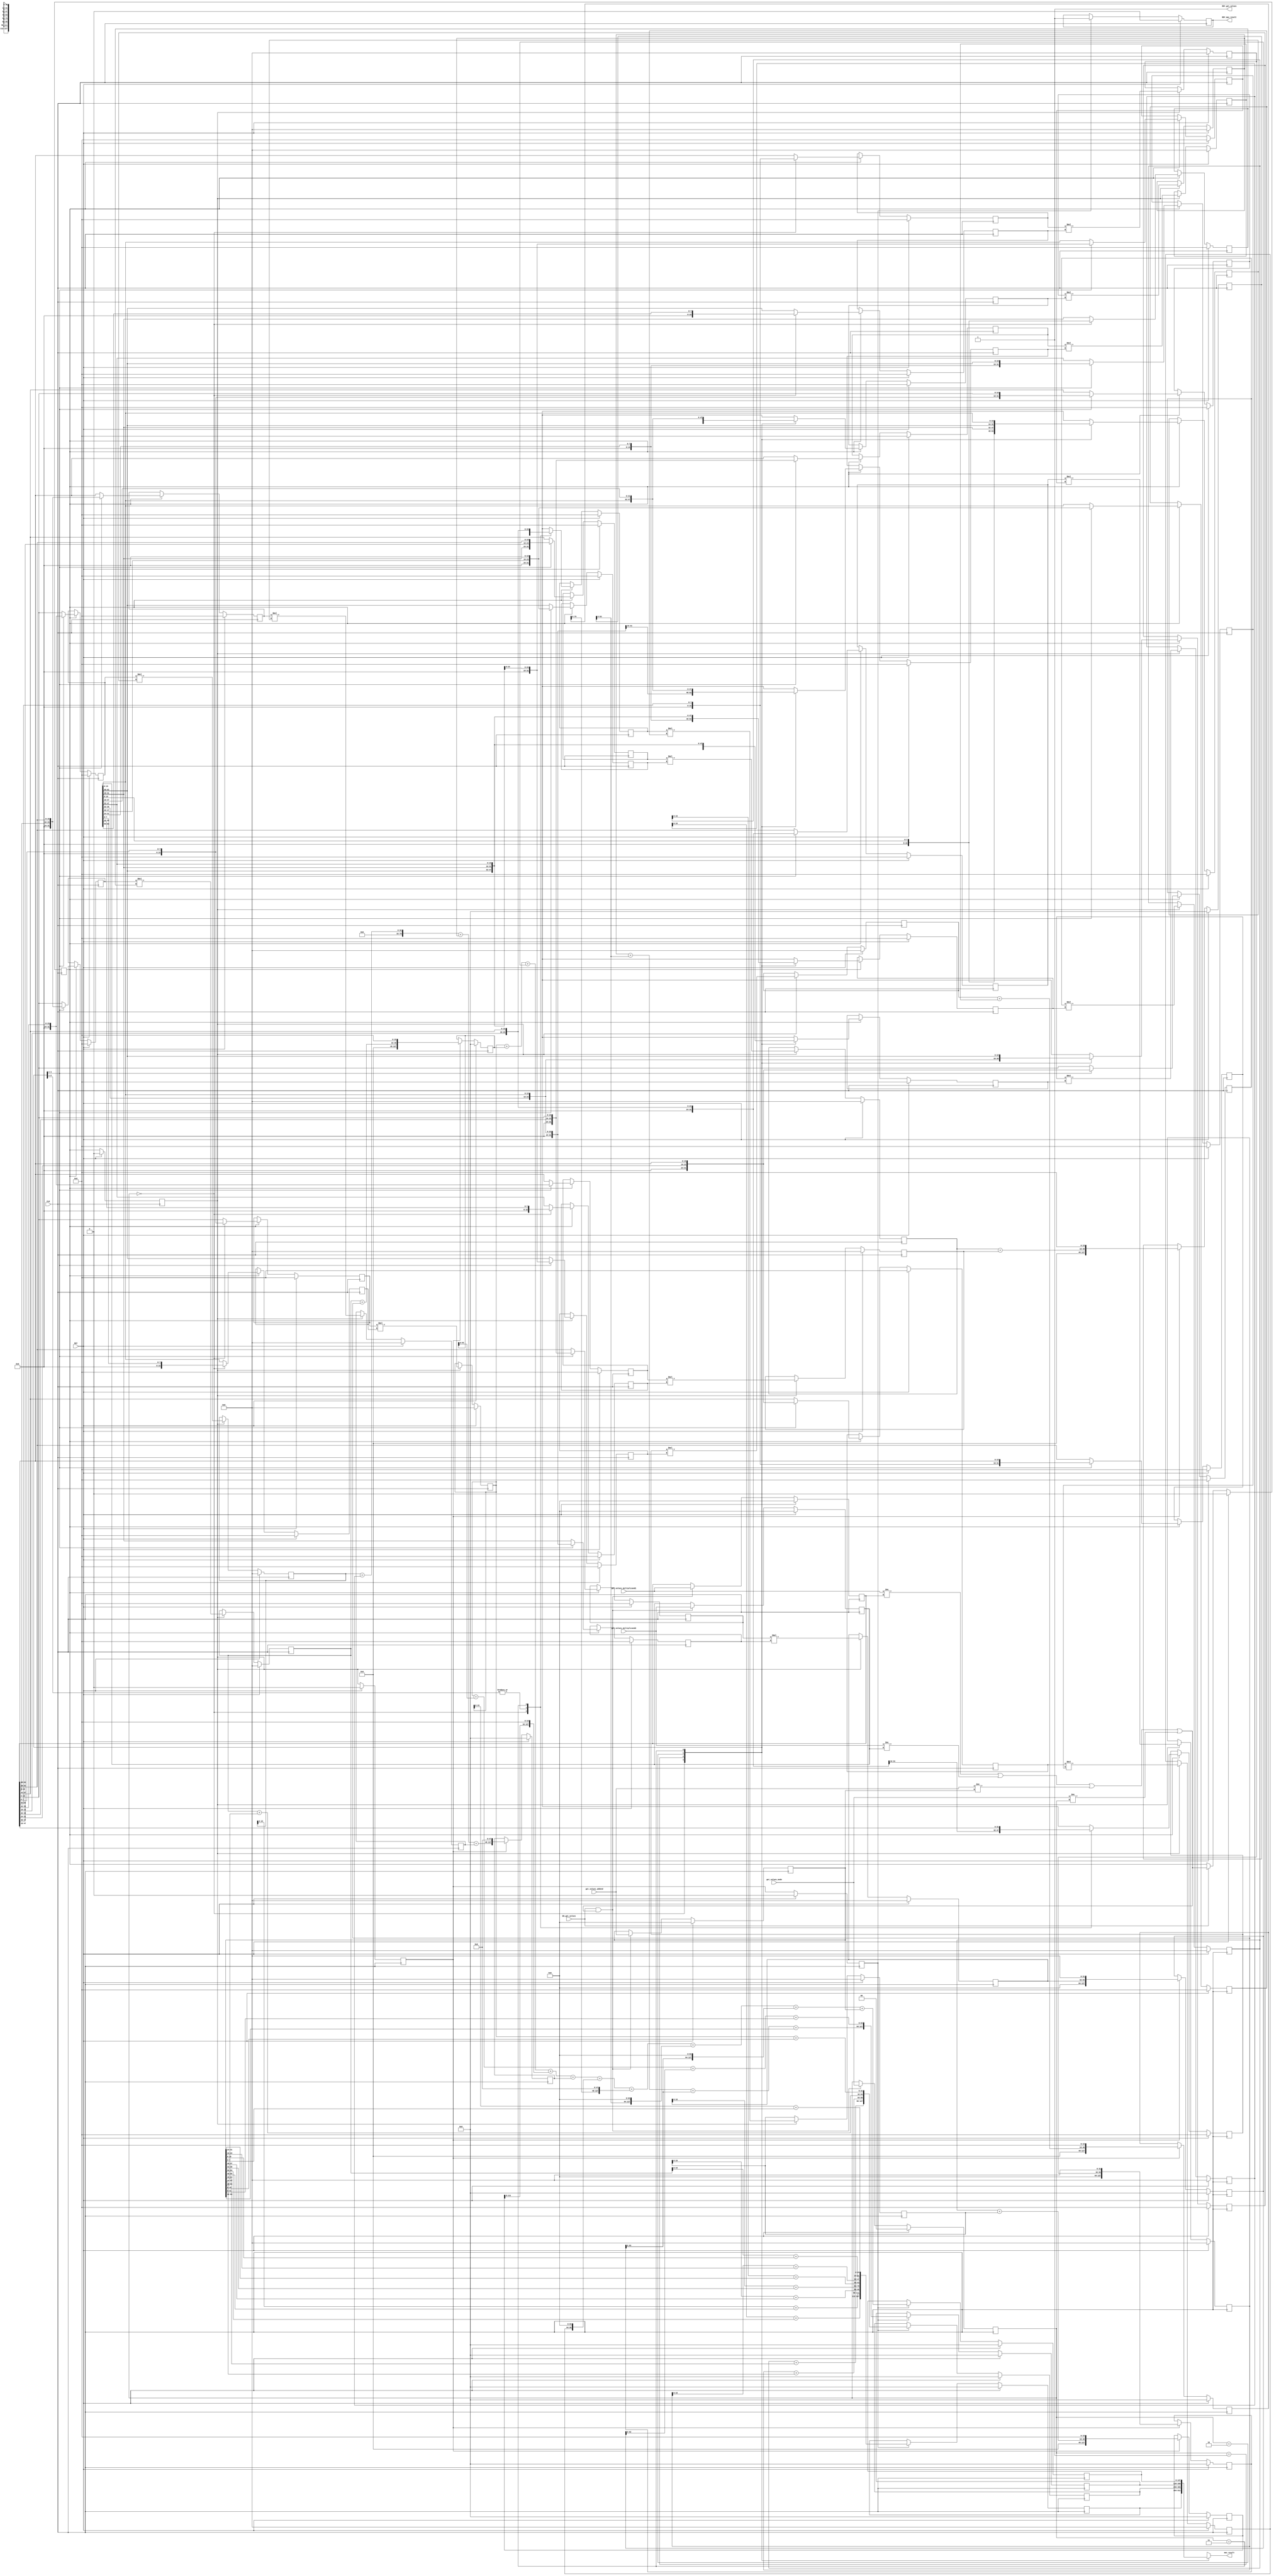
module mkMAC(CLK,
	     RST,

	     get_values_multiplicand1,
	     get_values_multiplicand2,
	     get_values_addend,
	     get_values_mode,
	     EN_get_values,
	     RDY_get_values,

	     mac_result,
	     RDY_mac_result);
  input  CLK;
  input  RST;

  // action method get_values
  input  [63 : 0] get_values_multiplicand1;
  input  [63 : 0] get_values_multiplicand2;
  input  [63 : 0] get_values_addend;
  input  [1 : 0] get_values_mode;
  input  EN_get_values;
  output RDY_get_values;

  // value method mac_result
  output [127 : 0] mac_result;
  output RDY_mac_result;

  // signals for module outputs
  reg [127 : 0] mac_result;
  wire RDY_get_values, RDY_mac_result;

  // register a
  reg [63 : 0] a;
  wire [63 : 0] a$D_IN;
  wire a$EN;

  // register flag_0
  reg flag_0;
  wire flag_0$D_IN, flag_0$EN;

  // register flag_1
  reg flag_1;
  wire flag_1$D_IN, flag_1$EN;

  // register flag_2
  reg flag_2;
  wire flag_2$D_IN, flag_2$EN;

  // register flag_3
  reg flag_3;
  wire flag_3$D_IN, flag_3$EN;

  // register inp_ready
  reg inp_ready;
  wire inp_ready$D_IN, inp_ready$EN;

  // register m1
  reg [63 : 0] m1;
  wire [63 : 0] m1$D_IN;
  wire m1$EN;

  // register m2
  reg [63 : 0] m2;
  wire [63 : 0] m2$D_IN;
  wire m2$EN;

  // register mac_output_0
  reg [127 : 0] mac_output_0;
  wire [127 : 0] mac_output_0$D_IN;
  wire mac_output_0$EN;

  // register mac_output_1
  reg [127 : 0] mac_output_1;
  wire [127 : 0] mac_output_1$D_IN;
  wire mac_output_1$EN;

  // register mac_output_2
  reg [127 : 0] mac_output_2;
  wire [127 : 0] mac_output_2$D_IN;
  wire mac_output_2$EN;

  // register mac_output_3
  reg [127 : 0] mac_output_3;
  wire [127 : 0] mac_output_3$D_IN;
  wire mac_output_3$EN;

  // register mac_ready
  reg mac_ready;
  wire mac_ready$D_IN, mac_ready$EN;

  // register partial_product_0
  reg [31 : 0] partial_product_0;
  wire [31 : 0] partial_product_0$D_IN;
  wire partial_product_0$EN;

  // register partial_product_1
  reg [31 : 0] partial_product_1;
  wire [31 : 0] partial_product_1$D_IN;
  wire partial_product_1$EN;

  // register partial_product_10
  reg [31 : 0] partial_product_10;
  wire [31 : 0] partial_product_10$D_IN;
  wire partial_product_10$EN;

  // register partial_product_11
  reg [31 : 0] partial_product_11;
  wire [31 : 0] partial_product_11$D_IN;
  wire partial_product_11$EN;

  // register partial_product_12
  reg [31 : 0] partial_product_12;
  wire [31 : 0] partial_product_12$D_IN;
  wire partial_product_12$EN;

  // register partial_product_13
  reg [31 : 0] partial_product_13;
  wire [31 : 0] partial_product_13$D_IN;
  wire partial_product_13$EN;

  // register partial_product_14
  reg [31 : 0] partial_product_14;
  wire [31 : 0] partial_product_14$D_IN;
  wire partial_product_14$EN;

  // register partial_product_15
  reg [31 : 0] partial_product_15;
  wire [31 : 0] partial_product_15$D_IN;
  wire partial_product_15$EN;

  // register partial_product_2
  reg [31 : 0] partial_product_2;
  wire [31 : 0] partial_product_2$D_IN;
  wire partial_product_2$EN;

  // register partial_product_3
  reg [31 : 0] partial_product_3;
  wire [31 : 0] partial_product_3$D_IN;
  wire partial_product_3$EN;

  // register partial_product_4
  reg [31 : 0] partial_product_4;
  wire [31 : 0] partial_product_4$D_IN;
  wire partial_product_4$EN;

  // register partial_product_5
  reg [31 : 0] partial_product_5;
  wire [31 : 0] partial_product_5$D_IN;
  wire partial_product_5$EN;

  // register partial_product_6
  reg [31 : 0] partial_product_6;
  wire [31 : 0] partial_product_6$D_IN;
  wire partial_product_6$EN;

  // register partial_product_7
  reg [31 : 0] partial_product_7;
  wire [31 : 0] partial_product_7$D_IN;
  wire partial_product_7$EN;

  // register partial_product_8
  reg [31 : 0] partial_product_8;
  wire [31 : 0] partial_product_8$D_IN;
  wire partial_product_8$EN;

  // register partial_product_9
  reg [31 : 0] partial_product_9;
  wire [31 : 0] partial_product_9$D_IN;
  wire partial_product_9$EN;

  // register partial_sum_0
  reg [127 : 0] partial_sum_0;
  wire [127 : 0] partial_sum_0$D_IN;
  wire partial_sum_0$EN;

  // register partial_sum_1
  reg [127 : 0] partial_sum_1;
  wire [127 : 0] partial_sum_1$D_IN;
  wire partial_sum_1$EN;

  // register partial_sum_2
  reg [127 : 0] partial_sum_2;
  wire [127 : 0] partial_sum_2$D_IN;
  wire partial_sum_2$EN;

  // register partial_sum_3
  reg [127 : 0] partial_sum_3;
  wire [127 : 0] partial_sum_3$D_IN;
  wire partial_sum_3$EN;

  // register partial_sum_4
  reg [127 : 0] partial_sum_4;
  wire [127 : 0] partial_sum_4$D_IN;
  wire partial_sum_4$EN;

  // register partial_sum_5
  reg [127 : 0] partial_sum_5;
  wire [127 : 0] partial_sum_5$D_IN;
  wire partial_sum_5$EN;

  // register partial_sum_6
  reg [127 : 0] partial_sum_6;
  wire [127 : 0] partial_sum_6$D_IN;
  wire partial_sum_6$EN;

  // register reg_mode
  reg [1 : 0] reg_mode;
  wire [1 : 0] reg_mode$D_IN;
  wire reg_mode$EN;

  // register x_0
  reg [15 : 0] x_0;
  wire [15 : 0] x_0$D_IN;
  wire x_0$EN;

  // register x_1
  reg [15 : 0] x_1;
  reg [15 : 0] x_1$D_IN;
  wire x_1$EN;

  // register x_10
  reg [15 : 0] x_10;
  reg [15 : 0] x_10$D_IN;
  wire x_10$EN;

  // register x_11
  reg [15 : 0] x_11;
  reg [15 : 0] x_11$D_IN;
  wire x_11$EN;

  // register x_12
  reg [15 : 0] x_12;
  reg [15 : 0] x_12$D_IN;
  wire x_12$EN;

  // register x_13
  reg [15 : 0] x_13;
  reg [15 : 0] x_13$D_IN;
  wire x_13$EN;

  // register x_14
  reg [15 : 0] x_14;
  reg [15 : 0] x_14$D_IN;
  wire x_14$EN;

  // register x_15
  reg [15 : 0] x_15;
  wire [15 : 0] x_15$D_IN;
  wire x_15$EN;

  // register x_2
  reg [15 : 0] x_2;
  reg [15 : 0] x_2$D_IN;
  wire x_2$EN;

  // register x_3
  reg [15 : 0] x_3;
  reg [15 : 0] x_3$D_IN;
  wire x_3$EN;

  // register x_4
  reg [15 : 0] x_4;
  reg [15 : 0] x_4$D_IN;
  wire x_4$EN;

  // register x_5
  reg [15 : 0] x_5;
  reg [15 : 0] x_5$D_IN;
  wire x_5$EN;

  // register x_6
  reg [15 : 0] x_6;
  reg [15 : 0] x_6$D_IN;
  wire x_6$EN;

  // register x_7
  reg [15 : 0] x_7;
  reg [15 : 0] x_7$D_IN;
  wire x_7$EN;

  // register x_8
  reg [15 : 0] x_8;
  reg [15 : 0] x_8$D_IN;
  wire x_8$EN;

  // register x_9
  reg [15 : 0] x_9;
  reg [15 : 0] x_9$D_IN;
  wire x_9$EN;

  // register y_0
  reg [15 : 0] y_0;
  wire [15 : 0] y_0$D_IN;
  wire y_0$EN;

  // register y_1
  reg [15 : 0] y_1;
  wire [15 : 0] y_1$D_IN;
  wire y_1$EN;

  // register y_10
  reg [15 : 0] y_10;
  reg [15 : 0] y_10$D_IN;
  wire y_10$EN;

  // register y_11
  reg [15 : 0] y_11;
  reg [15 : 0] y_11$D_IN;
  wire y_11$EN;

  // register y_12
  reg [15 : 0] y_12;
  reg [15 : 0] y_12$D_IN;
  wire y_12$EN;

  // register y_13
  reg [15 : 0] y_13;
  reg [15 : 0] y_13$D_IN;
  wire y_13$EN;

  // register y_14
  reg [15 : 0] y_14;
  wire [15 : 0] y_14$D_IN;
  wire y_14$EN;

  // register y_15
  reg [15 : 0] y_15;
  wire [15 : 0] y_15$D_IN;
  wire y_15$EN;

  // register y_2
  reg [15 : 0] y_2;
  reg [15 : 0] y_2$D_IN;
  wire y_2$EN;

  // register y_3
  reg [15 : 0] y_3;
  reg [15 : 0] y_3$D_IN;
  wire y_3$EN;

  // register y_4
  reg [15 : 0] y_4;
  reg [15 : 0] y_4$D_IN;
  wire y_4$EN;

  // register y_5
  reg [15 : 0] y_5;
  reg [15 : 0] y_5$D_IN;
  wire y_5$EN;

  // register y_6
  reg [15 : 0] y_6;
  reg [15 : 0] y_6$D_IN;
  wire y_6$EN;

  // register y_7
  reg [15 : 0] y_7;
  reg [15 : 0] y_7$D_IN;
  wire y_7$EN;

  // register y_8
  reg [15 : 0] y_8;
  reg [15 : 0] y_8$D_IN;
  wire y_8$EN;

  // register y_9
  reg [15 : 0] y_9;
  reg [15 : 0] y_9$D_IN;
  wire y_9$EN;

  // rule scheduling signals
  wire CAN_FIRE_RL_compute_MAC,
       CAN_FIRE_get_values,
       WILL_FIRE_RL_compute_MAC,
       WILL_FIRE_get_values;

  // remaining internal signals
  wire [127 : 0] x7334_PLUS_y7335__q1,
		 x7424_PLUS_y7425__q2,
		 x7604_PLUS_y7605__q3,
		 x7673_PLUS_y7674__q5,
		 x7740_PLUS_y7741__q4,
		 x__h17334,
		 x__h17424,
		 x__h17604,
		 x__h17673,
		 x__h17740,
		 x__h17742,
		 x__h17744,
		 x__h18994,
		 x__h18996,
		 x__h18998,
		 x__h19000,
		 x__h19002,
		 x__h19004,
		 x__h19006,
		 x__h19008,
		 x__h19010,
		 y__h17335,
		 y__h17425,
		 y__h17605,
		 y__h17674,
		 y__h17741,
		 y__h17743,
		 y__h17745,
		 y__h18995,
		 y__h18997,
		 y__h18999,
		 y__h19001,
		 y__h19003,
		 y__h19007;
  wire [95 : 0] partial_product_5_27_BITS_15_TO_0_62_PLUS_0_CO_ETC___d289;
  wire [63 : 0] _0_CONCAT_x_0_10_11_MUL_0_CONCAT_y_0_12_13___d114,
		_0_CONCAT_x_10_70_71_MUL_0_CONCAT_y_10_72_73___d174,
		_0_CONCAT_x_11_76_77_MUL_0_CONCAT_y_11_78_79___d180,
		_0_CONCAT_x_12_82_83_MUL_0_CONCAT_y_12_84_85___d186,
		_0_CONCAT_x_13_88_89_MUL_0_CONCAT_y_13_90_91___d192,
		_0_CONCAT_x_14_94_95_MUL_0_CONCAT_y_14_96_97___d198,
		_0_CONCAT_x_15_00_01_MUL_0_CONCAT_y_15_02_03___d204,
		_0_CONCAT_x_1_16_17_MUL_0_CONCAT_y_1_18_19___d120,
		_0_CONCAT_x_2_22_23_MUL_0_CONCAT_y_2_24_25___d126,
		_0_CONCAT_x_3_28_29_MUL_0_CONCAT_y_3_30_31___d132,
		_0_CONCAT_x_4_34_35_MUL_0_CONCAT_y_4_36_37___d138,
		_0_CONCAT_x_5_40_41_MUL_0_CONCAT_y_5_42_43___d144,
		_0_CONCAT_x_6_46_47_MUL_0_CONCAT_y_6_48_49___d150,
		_0_CONCAT_x_7_52_53_MUL_0_CONCAT_y_7_54_55___d156,
		_0_CONCAT_x_8_58_59_MUL_0_CONCAT_y_8_60_61___d162,
		_0_CONCAT_x_9_64_65_MUL_0_CONCAT_y_9_66_67___d168,
		partial_product_3_25_BITS_15_TO_0_70_PLUS_0_CO_ETC___d288,
		x__h18737,
		x__h18739,
		x__h18741,
		x__h18840,
		x__h18842,
		x__h18844,
		y__h18738,
		y__h18841;
  wire [31 : 0] x__h15960,
		x__h16047,
		x__h16112,
		x__h16177,
		x__h16242,
		x__h16307,
		x__h16372,
		x__h16437,
		x__h16502,
		x__h16567,
		x__h16632,
		x__h16697,
		x__h16762,
		x__h16827,
		x__h16892,
		x__h16957,
		y__h15961,
		y__h16048,
		y__h16113,
		y__h16178,
		y__h16243,
		y__h16308,
		y__h16373,
		y__h16438,
		y__h16503,
		y__h16568,
		y__h16633,
		y__h16698,
		y__h16763,
		y__h16828,
		y__h16893,
		y__h16958,
		y__h18546,
		y__h18583,
		y__h18615,
		y__h18647;
  wire [15 : 0] x__h5533,
		x__h5597,
		x__h5661,
		x__h5725,
		x__h5789,
		x__h5853,
		x__h5917,
		x__h5981,
		x__h7006,
		x__h7070,
		x__h7134,
		x__h7198,
		x__h7262,
		x__h7326,
		x__h7390,
		x__h7454,
		y__h18050,
		y__h18110,
		y__h18163,
		y__h18216,
		y__h18269,
		y__h18322,
		y__h18375,
		y__h18428;
  wire NOT_get_values_multiplicand1_EQ_m1_48_49_OR_NO_ETC___d355;

  // action method get_values
  assign RDY_get_values = 1'd1 ;
  assign CAN_FIRE_get_values = 1'd1 ;
  assign WILL_FIRE_get_values = EN_get_values ;

  // value method mac_result
  always@(reg_mode or
	  mac_output_0 or mac_output_1 or mac_output_2 or mac_output_3)
  begin
    case (reg_mode)
      2'd0: mac_result = mac_output_0;
      2'd1: mac_result = mac_output_1;
      2'd2: mac_result = mac_output_2;
      2'd3: mac_result = mac_output_3;
    endcase
  end
  assign RDY_mac_result = mac_ready ;

  // rule RL_compute_MAC
  assign CAN_FIRE_RL_compute_MAC = 1'd1 ;
  assign WILL_FIRE_RL_compute_MAC = 1'd1 ;

  // register a
  assign a$D_IN = get_values_addend ;
  assign a$EN =
	     EN_get_values &&
	     (NOT_get_values_multiplicand1_EQ_m1_48_49_OR_NO_ETC___d355 ||
	      get_values_mode != reg_mode) ;

  // register flag_0
  assign flag_0$D_IN = inp_ready ;
  assign flag_0$EN = 1'd1 ;

  // register flag_1
  assign flag_1$D_IN = flag_0 ;
  assign flag_1$EN = 1'd1 ;

  // register flag_2
  assign flag_2$D_IN = flag_1 ;
  assign flag_2$EN = 1'd1 ;

  // register flag_3
  assign flag_3$D_IN = flag_2 ;
  assign flag_3$EN = 1'd1 ;

  // register inp_ready
  assign inp_ready$D_IN =
	     NOT_get_values_multiplicand1_EQ_m1_48_49_OR_NO_ETC___d355 ||
	     get_values_mode != reg_mode ;
  assign inp_ready$EN = EN_get_values ;

  // register m1
  assign m1$D_IN = get_values_multiplicand1 ;
  assign m1$EN =
	     EN_get_values &&
	     (NOT_get_values_multiplicand1_EQ_m1_48_49_OR_NO_ETC___d355 ||
	      get_values_mode != reg_mode) ;

  // register m2
  assign m2$D_IN = get_values_multiplicand2 ;
  assign m2$EN =
	     EN_get_values &&
	     (NOT_get_values_multiplicand1_EQ_m1_48_49_OR_NO_ETC___d355 ||
	      get_values_mode != reg_mode) ;

  // register mac_output_0
  assign mac_output_0$D_IN =
	     { partial_product_7[15:0] + y__h18050,
	       partial_product_6[15:0] + y__h18110,
	       partial_product_5_27_BITS_15_TO_0_62_PLUS_0_CO_ETC___d289 } ;
  assign mac_output_0$EN = flag_2 ;

  // register mac_output_1
  assign mac_output_1$D_IN =
	     { partial_product_3 + y__h18546,
	       partial_product_2 + y__h18583,
	       partial_product_1 + y__h18615,
	       partial_product_0 + y__h18647 } ;
  assign mac_output_1$EN = flag_2 ;

  // register mac_output_2
  assign mac_output_2$D_IN =
	     { x__h18737 + y__h18738, x__h18840 + y__h18841 } ;
  assign mac_output_2$EN = flag_2 ;

  // register mac_output_3
  assign mac_output_3$D_IN = x__h18994 + y__h18995 ;
  assign mac_output_3$EN = flag_2 ;

  // register mac_ready
  assign mac_ready$D_IN = 1'd1 ;
  assign mac_ready$EN = flag_2 ;

  // register partial_product_0
  assign partial_product_0$D_IN =
	     _0_CONCAT_x_0_10_11_MUL_0_CONCAT_y_0_12_13___d114[31:0] ;
  assign partial_product_0$EN = flag_0 ;

  // register partial_product_1
  assign partial_product_1$D_IN =
	     _0_CONCAT_x_1_16_17_MUL_0_CONCAT_y_1_18_19___d120[31:0] ;
  assign partial_product_1$EN = flag_0 ;

  // register partial_product_10
  assign partial_product_10$D_IN =
	     _0_CONCAT_x_10_70_71_MUL_0_CONCAT_y_10_72_73___d174[31:0] ;
  assign partial_product_10$EN = flag_0 ;

  // register partial_product_11
  assign partial_product_11$D_IN =
	     _0_CONCAT_x_11_76_77_MUL_0_CONCAT_y_11_78_79___d180[31:0] ;
  assign partial_product_11$EN = flag_0 ;

  // register partial_product_12
  assign partial_product_12$D_IN =
	     _0_CONCAT_x_12_82_83_MUL_0_CONCAT_y_12_84_85___d186[31:0] ;
  assign partial_product_12$EN = flag_0 ;

  // register partial_product_13
  assign partial_product_13$D_IN =
	     _0_CONCAT_x_13_88_89_MUL_0_CONCAT_y_13_90_91___d192[31:0] ;
  assign partial_product_13$EN = flag_0 ;

  // register partial_product_14
  assign partial_product_14$D_IN =
	     _0_CONCAT_x_14_94_95_MUL_0_CONCAT_y_14_96_97___d198[31:0] ;
  assign partial_product_14$EN = flag_0 ;

  // register partial_product_15
  assign partial_product_15$D_IN =
	     _0_CONCAT_x_15_00_01_MUL_0_CONCAT_y_15_02_03___d204[31:0] ;
  assign partial_product_15$EN = flag_0 ;

  // register partial_product_2
  assign partial_product_2$D_IN =
	     _0_CONCAT_x_2_22_23_MUL_0_CONCAT_y_2_24_25___d126[31:0] ;
  assign partial_product_2$EN = flag_0 ;

  // register partial_product_3
  assign partial_product_3$D_IN =
	     _0_CONCAT_x_3_28_29_MUL_0_CONCAT_y_3_30_31___d132[31:0] ;
  assign partial_product_3$EN = flag_0 ;

  // register partial_product_4
  assign partial_product_4$D_IN =
	     _0_CONCAT_x_4_34_35_MUL_0_CONCAT_y_4_36_37___d138[31:0] ;
  assign partial_product_4$EN = flag_0 ;

  // register partial_product_5
  assign partial_product_5$D_IN =
	     _0_CONCAT_x_5_40_41_MUL_0_CONCAT_y_5_42_43___d144[31:0] ;
  assign partial_product_5$EN = flag_0 ;

  // register partial_product_6
  assign partial_product_6$D_IN =
	     _0_CONCAT_x_6_46_47_MUL_0_CONCAT_y_6_48_49___d150[31:0] ;
  assign partial_product_6$EN = flag_0 ;

  // register partial_product_7
  assign partial_product_7$D_IN =
	     _0_CONCAT_x_7_52_53_MUL_0_CONCAT_y_7_54_55___d156[31:0] ;
  assign partial_product_7$EN = flag_0 ;

  // register partial_product_8
  assign partial_product_8$D_IN =
	     _0_CONCAT_x_8_58_59_MUL_0_CONCAT_y_8_60_61___d162[31:0] ;
  assign partial_product_8$EN = flag_0 ;

  // register partial_product_9
  assign partial_product_9$D_IN =
	     _0_CONCAT_x_9_64_65_MUL_0_CONCAT_y_9_66_67___d168[31:0] ;
  assign partial_product_9$EN = flag_0 ;

  // register partial_sum_0
  assign partial_sum_0$D_IN = { x7334_PLUS_y7335__q1[111:0], 16'd0 } ;
  assign partial_sum_0$EN = flag_1 ;

  // register partial_sum_1
  assign partial_sum_1$D_IN = { x7424_PLUS_y7425__q2[111:0], 16'd0 } ;
  assign partial_sum_1$EN = flag_1 ;

  // register partial_sum_2
  assign partial_sum_2$D_IN = { 64'd0, partial_product_4, 32'd0 } ;
  assign partial_sum_2$EN = flag_1 ;

  // register partial_sum_3
  assign partial_sum_3$D_IN = { 64'd0, partial_product_15, 32'd0 } ;
  assign partial_sum_3$EN = flag_1 ;

  // register partial_sum_4
  assign partial_sum_4$D_IN = { x7604_PLUS_y7605__q3[111:0], 16'd0 } ;
  assign partial_sum_4$EN = flag_1 ;

  // register partial_sum_5
  assign partial_sum_5$D_IN = { x7740_PLUS_y7741__q4[79:0], 48'd0 } ;
  assign partial_sum_5$EN = flag_1 ;

  // register partial_sum_6
  assign partial_sum_6$D_IN = { x7673_PLUS_y7674__q5[111:0], 16'd0 } ;
  assign partial_sum_6$EN = flag_1 ;

  // register reg_mode
  assign reg_mode$D_IN = get_values_mode ;
  assign reg_mode$EN =
	     EN_get_values &&
	     (NOT_get_values_multiplicand1_EQ_m1_48_49_OR_NO_ETC___d355 ||
	      get_values_mode != reg_mode) ;

  // register x_0
  assign x_0$D_IN = (reg_mode == 2'd0) ? x__h5533 : m1[15:0] ;
  assign x_0$EN = inp_ready ;

  // register x_1
  always@(reg_mode or m1 or x__h5597)
  begin
    case (reg_mode)
      2'd0: x_1$D_IN = x__h5597;
      2'd1: x_1$D_IN = m1[31:16];
      default: x_1$D_IN = m1[15:0];
    endcase
  end
  assign x_1$EN = inp_ready ;

  // register x_10
  always@(reg_mode or m1 or x__h5661)
  begin
    case (reg_mode)
      2'd0: x_10$D_IN = x__h5661;
      2'd1, 2'd2: x_10$D_IN = m1[47:32];
      2'd3: x_10$D_IN = m1[31:16];
    endcase
  end
  assign x_10$EN = inp_ready ;

  // register x_11
  always@(reg_mode or m1 or x__h5725)
  begin
    case (reg_mode)
      2'd0: x_11$D_IN = x__h5725;
      2'd1: x_11$D_IN = m1[63:48];
      default: x_11$D_IN = m1[47:32];
    endcase
  end
  assign x_11$EN = inp_ready ;

  // register x_12
  always@(reg_mode or m1 or x__h5789)
  begin
    case (reg_mode)
      2'd0: x_12$D_IN = x__h5789;
      2'd1: x_12$D_IN = m1[15:0];
      default: x_12$D_IN = m1[63:48];
    endcase
  end
  assign x_12$EN = inp_ready ;

  // register x_13
  always@(reg_mode or m1 or x__h5853)
  begin
    case (reg_mode)
      2'd0: x_13$D_IN = x__h5853;
      2'd1: x_13$D_IN = m1[31:16];
      default: x_13$D_IN = m1[47:32];
    endcase
  end
  assign x_13$EN = inp_ready ;

  // register x_14
  always@(reg_mode or m1 or x__h5917)
  begin
    case (reg_mode)
      2'd0: x_14$D_IN = x__h5917;
      2'd1: x_14$D_IN = m1[47:32];
      default: x_14$D_IN = m1[63:48];
    endcase
  end
  assign x_14$EN = inp_ready ;

  // register x_15
  assign x_15$D_IN = (reg_mode == 2'd0) ? x__h5981 : m1[63:48] ;
  assign x_15$EN = inp_ready ;

  // register x_2
  always@(reg_mode or m1 or x__h5661)
  begin
    case (reg_mode)
      2'd0: x_2$D_IN = x__h5661;
      2'd1: x_2$D_IN = m1[47:32];
      default: x_2$D_IN = m1[31:16];
    endcase
  end
  assign x_2$EN = inp_ready ;

  // register x_3
  always@(reg_mode or m1 or x__h5725)
  begin
    case (reg_mode)
      2'd0: x_3$D_IN = x__h5725;
      2'd1: x_3$D_IN = m1[63:48];
      default: x_3$D_IN = m1[15:0];
    endcase
  end
  assign x_3$EN = inp_ready ;

  // register x_4
  always@(reg_mode or m1 or x__h5789)
  begin
    case (reg_mode)
      2'd0: x_4$D_IN = x__h5789;
      2'd1: x_4$D_IN = m1[15:0];
      default: x_4$D_IN = m1[31:16];
    endcase
  end
  assign x_4$EN = inp_ready ;

  // register x_5
  always@(reg_mode or m1 or x__h5853)
  begin
    case (reg_mode)
      2'd0: x_5$D_IN = x__h5853;
      2'd1, 2'd2: x_5$D_IN = m1[31:16];
      2'd3: x_5$D_IN = m1[47:32];
    endcase
  end
  assign x_5$EN = inp_ready ;

  // register x_6
  always@(reg_mode or m1 or x__h5917)
  begin
    case (reg_mode)
      2'd0: x_6$D_IN = x__h5917;
      2'd1: x_6$D_IN = m1[47:32];
      default: x_6$D_IN = m1[15:0];
    endcase
  end
  assign x_6$EN = inp_ready ;

  // register x_7
  always@(reg_mode or m1 or x__h5981)
  begin
    case (reg_mode)
      2'd0: x_7$D_IN = x__h5981;
      2'd1: x_7$D_IN = m1[63:48];
      default: x_7$D_IN = m1[31:16];
    endcase
  end
  assign x_7$EN = inp_ready ;

  // register x_8
  always@(reg_mode or m1 or x__h5533)
  begin
    case (reg_mode)
      2'd0: x_8$D_IN = x__h5533;
      2'd1: x_8$D_IN = m1[15:0];
      default: x_8$D_IN = m1[47:32];
    endcase
  end
  assign x_8$EN = inp_ready ;

  // register x_9
  always@(reg_mode or m1 or x__h5597)
  begin
    case (reg_mode)
      2'd0: x_9$D_IN = x__h5597;
      2'd1: x_9$D_IN = m1[31:16];
      default: x_9$D_IN = m1[63:48];
    endcase
  end
  assign x_9$EN = inp_ready ;

  // register y_0
  assign y_0$D_IN = (reg_mode == 2'd0) ? x__h7006 : m2[15:0] ;
  assign y_0$EN = inp_ready ;

  // register y_1
  assign y_1$D_IN = (reg_mode == 2'd0) ? x__h7070 : m2[31:16] ;
  assign y_1$EN = inp_ready ;

  // register y_10
  always@(reg_mode or m2 or x__h7134)
  begin
    case (reg_mode)
      2'd0: y_10$D_IN = x__h7134;
      2'd1: y_10$D_IN = m2[47:32];
      default: y_10$D_IN = m2[63:48];
    endcase
  end
  assign y_10$EN = inp_ready ;

  // register y_11
  always@(reg_mode or m2 or x__h7198)
  begin
    case (reg_mode)
      2'd0: y_11$D_IN = x__h7198;
      2'd1: y_11$D_IN = m2[63:48];
      default: y_11$D_IN = m2[47:32];
    endcase
  end
  assign y_11$EN = inp_ready ;

  // register y_12
  always@(reg_mode or m2 or x__h7262)
  begin
    case (reg_mode)
      2'd0: y_12$D_IN = x__h7262;
      2'd1: y_12$D_IN = m2[15:0];
      2'd2: y_12$D_IN = m2[47:32];
      2'd3: y_12$D_IN = m2[31:16];
    endcase
  end
  assign y_12$EN = inp_ready ;

  // register y_13
  always@(reg_mode or m2 or x__h7326)
  begin
    case (reg_mode)
      2'd0: y_13$D_IN = x__h7326;
      2'd1: y_13$D_IN = m2[31:16];
      default: y_13$D_IN = m2[63:48];
    endcase
  end
  assign y_13$EN = inp_ready ;

  // register y_14
  assign y_14$D_IN = (reg_mode == 2'd0) ? x__h7390 : m2[47:32] ;
  assign y_14$EN = inp_ready ;

  // register y_15
  assign y_15$D_IN = (reg_mode == 2'd0) ? x__h7454 : m2[63:48] ;
  assign y_15$EN = inp_ready ;

  // register y_2
  always@(reg_mode or m2 or x__h7134)
  begin
    case (reg_mode)
      2'd0: y_2$D_IN = x__h7134;
      2'd1: y_2$D_IN = m2[47:32];
      default: y_2$D_IN = m2[15:0];
    endcase
  end
  assign y_2$EN = inp_ready ;

  // register y_3
  always@(reg_mode or m2 or x__h7198)
  begin
    case (reg_mode)
      2'd0: y_3$D_IN = x__h7198;
      2'd1: y_3$D_IN = m2[63:48];
      2'd2: y_3$D_IN = m2[31:16];
      2'd3: y_3$D_IN = m2[47:32];
    endcase
  end
  assign y_3$EN = inp_ready ;

  // register y_4
  always@(reg_mode or m2 or x__h7262)
  begin
    case (reg_mode)
      2'd0: y_4$D_IN = x__h7262;
      2'd1: y_4$D_IN = m2[15:0];
      default: y_4$D_IN = m2[31:16];
    endcase
  end
  assign y_4$EN = inp_ready ;

  // register y_5
  always@(reg_mode or m2 or x__h7326)
  begin
    case (reg_mode)
      2'd0: y_5$D_IN = x__h7326;
      2'd1: y_5$D_IN = m2[31:16];
      default: y_5$D_IN = m2[15:0];
    endcase
  end
  assign y_5$EN = inp_ready ;

  // register y_6
  always@(reg_mode or m2 or x__h7390)
  begin
    case (reg_mode)
      2'd0: y_6$D_IN = x__h7390;
      2'd1: y_6$D_IN = m2[47:32];
      2'd2: y_6$D_IN = m2[15:0];
      2'd3: y_6$D_IN = m2[63:48];
    endcase
  end
  assign y_6$EN = inp_ready ;

  // register y_7
  always@(reg_mode or m2 or x__h7454)
  begin
    case (reg_mode)
      2'd0: y_7$D_IN = x__h7454;
      2'd1: y_7$D_IN = m2[63:48];
      2'd2: y_7$D_IN = m2[31:16];
      2'd3: y_7$D_IN = m2[47:32];
    endcase
  end
  assign y_7$EN = inp_ready ;

  // register y_8
  always@(reg_mode or m2 or x__h7006)
  begin
    case (reg_mode)
      2'd0: y_8$D_IN = x__h7006;
      2'd1: y_8$D_IN = m2[15:0];
      2'd2: y_8$D_IN = m2[47:32];
      2'd3: y_8$D_IN = m2[31:16];
    endcase
  end
  assign y_8$EN = inp_ready ;

  // register y_9
  always@(reg_mode or m2 or x__h7070)
  begin
    case (reg_mode)
      2'd0: y_9$D_IN = x__h7070;
      2'd1: y_9$D_IN = m2[31:16];
      2'd2: y_9$D_IN = m2[63:48];
      2'd3: y_9$D_IN = m2[15:0];
    endcase
  end
  assign y_9$EN = inp_ready ;

  // remaining internal signals
  assign NOT_get_values_multiplicand1_EQ_m1_48_49_OR_NO_ETC___d355 =
	     get_values_multiplicand1 != m1 ||
	     get_values_multiplicand2 != m2 ||
	     get_values_addend != a ;
  assign _0_CONCAT_x_0_10_11_MUL_0_CONCAT_y_0_12_13___d114 =
	     x__h15960 * y__h15961 ;
  assign _0_CONCAT_x_10_70_71_MUL_0_CONCAT_y_10_72_73___d174 =
	     x__h16632 * y__h16633 ;
  assign _0_CONCAT_x_11_76_77_MUL_0_CONCAT_y_11_78_79___d180 =
	     x__h16697 * y__h16698 ;
  assign _0_CONCAT_x_12_82_83_MUL_0_CONCAT_y_12_84_85___d186 =
	     x__h16762 * y__h16763 ;
  assign _0_CONCAT_x_13_88_89_MUL_0_CONCAT_y_13_90_91___d192 =
	     x__h16827 * y__h16828 ;
  assign _0_CONCAT_x_14_94_95_MUL_0_CONCAT_y_14_96_97___d198 =
	     x__h16892 * y__h16893 ;
  assign _0_CONCAT_x_15_00_01_MUL_0_CONCAT_y_15_02_03___d204 =
	     x__h16957 * y__h16958 ;
  assign _0_CONCAT_x_1_16_17_MUL_0_CONCAT_y_1_18_19___d120 =
	     x__h16047 * y__h16048 ;
  assign _0_CONCAT_x_2_22_23_MUL_0_CONCAT_y_2_24_25___d126 =
	     x__h16112 * y__h16113 ;
  assign _0_CONCAT_x_3_28_29_MUL_0_CONCAT_y_3_30_31___d132 =
	     x__h16177 * y__h16178 ;
  assign _0_CONCAT_x_4_34_35_MUL_0_CONCAT_y_4_36_37___d138 =
	     x__h16242 * y__h16243 ;
  assign _0_CONCAT_x_5_40_41_MUL_0_CONCAT_y_5_42_43___d144 =
	     x__h16307 * y__h16308 ;
  assign _0_CONCAT_x_6_46_47_MUL_0_CONCAT_y_6_48_49___d150 =
	     x__h16372 * y__h16373 ;
  assign _0_CONCAT_x_7_52_53_MUL_0_CONCAT_y_7_54_55___d156 =
	     x__h16437 * y__h16438 ;
  assign _0_CONCAT_x_8_58_59_MUL_0_CONCAT_y_8_60_61___d162 =
	     x__h16502 * y__h16503 ;
  assign _0_CONCAT_x_9_64_65_MUL_0_CONCAT_y_9_66_67___d168 =
	     x__h16567 * y__h16568 ;
  assign partial_product_3_25_BITS_15_TO_0_70_PLUS_0_CO_ETC___d288 =
	     { partial_product_3[15:0] + y__h18269,
	       partial_product_2[15:0] + y__h18322,
	       partial_product_1[15:0] + y__h18375,
	       partial_product_0[15:0] + y__h18428 } ;
  assign partial_product_5_27_BITS_15_TO_0_62_PLUS_0_CO_ETC___d289 =
	     { partial_product_5[15:0] + y__h18163,
	       partial_product_4[15:0] + y__h18216,
	       partial_product_3_25_BITS_15_TO_0_70_PLUS_0_CO_ETC___d288 } ;
  assign x7334_PLUS_y7335__q1 = x__h17334 + y__h17335 ;
  assign x7424_PLUS_y7425__q2 = x__h17424 + y__h17425 ;
  assign x7604_PLUS_y7605__q3 = x__h17604 + y__h17605 ;
  assign x7673_PLUS_y7674__q5 = x__h17673 + y__h17674 ;
  assign x7740_PLUS_y7741__q4 = x__h17740 + y__h17741 ;
  assign x__h15960 = { 16'd0, x_0 } ;
  assign x__h16047 = { 16'd0, x_1 } ;
  assign x__h16112 = { 16'd0, x_2 } ;
  assign x__h16177 = { 16'd0, x_3 } ;
  assign x__h16242 = { 16'd0, x_4 } ;
  assign x__h16307 = { 16'd0, x_5 } ;
  assign x__h16372 = { 16'd0, x_6 } ;
  assign x__h16437 = { 16'd0, x_7 } ;
  assign x__h16502 = { 16'd0, x_8 } ;
  assign x__h16567 = { 16'd0, x_9 } ;
  assign x__h16632 = { 16'd0, x_10 } ;
  assign x__h16697 = { 16'd0, x_11 } ;
  assign x__h16762 = { 16'd0, x_12 } ;
  assign x__h16827 = { 16'd0, x_13 } ;
  assign x__h16892 = { 16'd0, x_14 } ;
  assign x__h16957 = { 16'd0, x_15 } ;
  assign x__h17334 = { 96'd0, partial_product_1 } ;
  assign x__h17424 = { 96'd0, partial_product_13 } ;
  assign x__h17604 = { 96'd0, partial_product_3 } ;
  assign x__h17673 = { 96'd0, partial_product_10 } ;
  assign x__h17740 = x__h17742 + y__h17743 ;
  assign x__h17742 = x__h17744 + y__h17745 ;
  assign x__h17744 = { 96'd0, partial_product_6 } ;
  assign x__h18737 = x__h18739 + partial_sum_3[63:0] ;
  assign x__h18739 = x__h18741 + partial_sum_1[63:0] ;
  assign x__h18741 = { 32'd0, partial_product_8 } ;
  assign x__h18840 = x__h18842 + partial_sum_2[63:0] ;
  assign x__h18842 = x__h18844 + partial_sum_0[63:0] ;
  assign x__h18844 = { 32'd0, partial_product_0 } ;
  assign x__h18994 = x__h18996 + y__h18997 ;
  assign x__h18996 = x__h18998 + y__h18999 ;
  assign x__h18998 = x__h19000 + y__h19001 ;
  assign x__h19000 = x__h19002 + y__h19003 ;
  assign x__h19002 = x__h19004 + partial_sum_5 ;
  assign x__h19004 = x__h19006 + y__h19007 ;
  assign x__h19006 = x__h19008 + partial_sum_2 ;
  assign x__h19008 = x__h19010 + partial_sum_0 ;
  assign x__h19010 = { 96'd0, partial_product_0 } ;
  assign x__h5533 = { 8'd0, m1[7:0] } ;
  assign x__h5597 = { 8'd0, m1[15:8] } ;
  assign x__h5661 = { 8'd0, m1[23:16] } ;
  assign x__h5725 = { 8'd0, m1[31:24] } ;
  assign x__h5789 = { 8'd0, m1[39:32] } ;
  assign x__h5853 = { 8'd0, m1[47:40] } ;
  assign x__h5917 = { 8'd0, m1[55:48] } ;
  assign x__h5981 = { 8'd0, m1[63:56] } ;
  assign x__h7006 = { 8'd0, m2[7:0] } ;
  assign x__h7070 = { 8'd0, m2[15:8] } ;
  assign x__h7134 = { 8'd0, m2[23:16] } ;
  assign x__h7198 = { 8'd0, m2[31:24] } ;
  assign x__h7262 = { 8'd0, m2[39:32] } ;
  assign x__h7326 = { 8'd0, m2[47:40] } ;
  assign x__h7390 = { 8'd0, m2[55:48] } ;
  assign x__h7454 = { 8'd0, m2[63:56] } ;
  assign y__h15961 = { 16'd0, y_0 } ;
  assign y__h16048 = { 16'd0, y_1 } ;
  assign y__h16113 = { 16'd0, y_2 } ;
  assign y__h16178 = { 16'd0, y_3 } ;
  assign y__h16243 = { 16'd0, y_4 } ;
  assign y__h16308 = { 16'd0, y_5 } ;
  assign y__h16373 = { 16'd0, y_6 } ;
  assign y__h16438 = { 16'd0, y_7 } ;
  assign y__h16503 = { 16'd0, y_8 } ;
  assign y__h16568 = { 16'd0, y_9 } ;
  assign y__h16633 = { 16'd0, y_10 } ;
  assign y__h16698 = { 16'd0, y_11 } ;
  assign y__h16763 = { 16'd0, y_12 } ;
  assign y__h16828 = { 16'd0, y_13 } ;
  assign y__h16893 = { 16'd0, y_14 } ;
  assign y__h16958 = { 16'd0, y_15 } ;
  assign y__h17335 = { 96'd0, partial_product_2 } ;
  assign y__h17425 = { 96'd0, partial_product_14 } ;
  assign y__h17605 = { 96'd0, partial_product_5 } ;
  assign y__h17674 = { 96'd0, partial_product_12 } ;
  assign y__h17741 = { 96'd0, partial_product_9 } ;
  assign y__h17743 = { 96'd0, partial_product_8 } ;
  assign y__h17745 = { 96'd0, partial_product_7 } ;
  assign y__h18050 = { 8'd0, a[63:56] } ;
  assign y__h18110 = { 8'd0, a[55:48] } ;
  assign y__h18163 = { 8'd0, a[47:40] } ;
  assign y__h18216 = { 8'd0, a[39:32] } ;
  assign y__h18269 = { 8'd0, a[31:24] } ;
  assign y__h18322 = { 8'd0, a[23:16] } ;
  assign y__h18375 = { 8'd0, a[15:8] } ;
  assign y__h18428 = { 8'd0, a[7:0] } ;
  assign y__h18546 = { 16'd0, a[63:48] } ;
  assign y__h18583 = { 16'd0, a[47:32] } ;
  assign y__h18615 = { 16'd0, a[31:16] } ;
  assign y__h18647 = { 16'd0, a[15:0] } ;
  assign y__h18738 = { 32'd0, a[63:32] } ;
  assign y__h18841 = { 32'd0, a[31:0] } ;
  assign y__h18995 = { 64'd0, a } ;
  assign y__h18997 = { partial_sum_3[63:0], 64'd0 } ;
  assign y__h18999 = { partial_sum_1[63:0], 64'd0 } ;
  assign y__h19001 = { partial_sum_6[79:0], 48'd0 } ;
  assign y__h19003 = { 32'd0, partial_product_11, 64'd0 } ;
  assign y__h19007 = { partial_sum_4[111:0], 16'd0 } ;

  // handling of inlined registers

  always@(posedge CLK)
  begin
    if (RST == 1)
      begin
        a <= 64'd0;
	flag_0 <= 1'd0;
	flag_1 <= 1'd0;
	flag_2 <= 1'd0;
	flag_3 <= 1'd0;
	inp_ready <= 1'd0;
	m1 <= 64'd0;
	m2 <= 64'd0;
	mac_output_0 <= 128'd0;
	mac_output_1 <= 128'd0;
	mac_output_2 <= 128'd0;
	mac_output_3 <= 128'd0;
	mac_ready <= 1'd0;
	partial_product_0 <= 32'd0;
	partial_product_1 <= 32'd0;
	partial_product_10 <= 32'd0;
	partial_product_11 <= 32'd0;
	partial_product_12 <= 32'd0;
	partial_product_13 <= 32'd0;
	partial_product_14 <= 32'd0;
	partial_product_15 <= 32'd0;
	partial_product_2 <= 32'd0;
	partial_product_3 <= 32'd0;
	partial_product_4 <= 32'd0;
	partial_product_5 <= 32'd0;
	partial_product_6 <= 32'd0;
	partial_product_7 <= 32'd0;
	partial_product_8 <= 32'd0;
	partial_product_9 <= 32'd0;
	partial_sum_0 <= 128'd0;
	partial_sum_1 <= 128'd0;
	partial_sum_2 <= 128'd0;
	partial_sum_3 <= 128'd0;
	partial_sum_4 <= 128'd0;
	partial_sum_5 <= 128'd0;
	partial_sum_6 <= 128'd0;
	reg_mode <= 2'd0;
	x_0 <= 16'd0;
	x_1 <= 16'd0;
	x_10 <= 16'd0;
	x_11 <= 16'd0;
	x_12 <= 16'd0;
	x_13 <= 16'd0;
	x_14 <= 16'd0;
	x_15 <= 16'd0;
	x_2 <= 16'd0;
	x_3 <= 16'd0;
	x_4 <= 16'd0;
	x_5 <= 16'd0;
	x_6 <= 16'd0;
	x_7 <= 16'd0;
	x_8 <= 16'd0;
	x_9 <= 16'd0;
	y_0 <= 16'd0;
	y_1 <= 16'd0;
	y_10 <= 16'd0;
	y_11 <= 16'd0;
	y_12 <= 16'd0;
	y_13 <= 16'd0;
	y_14 <= 16'd0;
	y_15 <= 16'd0;
	y_2 <= 16'd0;
	y_3 <= 16'd0;
	y_4 <= 16'd0;
	y_5 <= 16'd0;
	y_6 <= 16'd0;
	y_7 <= 16'd0;
	y_8 <= 16'd0;
	y_9 <= 16'd0;
      end
    else
      begin
        if (a$EN) a <= a$D_IN;
	if (flag_0$EN) flag_0 <= flag_0$D_IN;
	if (flag_1$EN) flag_1 <= flag_1$D_IN;
	if (flag_2$EN) flag_2 <= flag_2$D_IN;
	if (flag_3$EN) flag_3 <= flag_3$D_IN;
	if (inp_ready$EN) inp_ready <= inp_ready$D_IN;
	if (m1$EN) m1 <= m1$D_IN;
	if (m2$EN) m2 <= m2$D_IN;
	if (mac_output_0$EN)
	  mac_output_0 <= mac_output_0$D_IN;
	if (mac_output_1$EN)
	  mac_output_1 <= mac_output_1$D_IN;
	if (mac_output_2$EN)
	  mac_output_2 <= mac_output_2$D_IN;
	if (mac_output_3$EN)
	  mac_output_3 <= mac_output_3$D_IN;
	if (mac_ready$EN) mac_ready <= mac_ready$D_IN;
	if (partial_product_0$EN)
	  partial_product_0 <= partial_product_0$D_IN;
	if (partial_product_1$EN)
	  partial_product_1 <= partial_product_1$D_IN;
	if (partial_product_10$EN)
	  partial_product_10 <= partial_product_10$D_IN;
	if (partial_product_11$EN)
	  partial_product_11 <= partial_product_11$D_IN;
	if (partial_product_12$EN)
	  partial_product_12 <= partial_product_12$D_IN;
	if (partial_product_13$EN)
	  partial_product_13 <= partial_product_13$D_IN;
	if (partial_product_14$EN)
	  partial_product_14 <= partial_product_14$D_IN;
	if (partial_product_15$EN)
	  partial_product_15 <= partial_product_15$D_IN;
	if (partial_product_2$EN)
	  partial_product_2 <= partial_product_2$D_IN;
	if (partial_product_3$EN)
	  partial_product_3 <= partial_product_3$D_IN;
	if (partial_product_4$EN)
	  partial_product_4 <= partial_product_4$D_IN;
	if (partial_product_5$EN)
	  partial_product_5 <= partial_product_5$D_IN;
	if (partial_product_6$EN)
	  partial_product_6 <= partial_product_6$D_IN;
	if (partial_product_7$EN)
	  partial_product_7 <= partial_product_7$D_IN;
	if (partial_product_8$EN)
	  partial_product_8 <= partial_product_8$D_IN;
	if (partial_product_9$EN)
	  partial_product_9 <= partial_product_9$D_IN;
	if (partial_sum_0$EN)
	  partial_sum_0 <= partial_sum_0$D_IN;
	if (partial_sum_1$EN)
	  partial_sum_1 <= partial_sum_1$D_IN;
	if (partial_sum_2$EN)
	  partial_sum_2 <= partial_sum_2$D_IN;
	if (partial_sum_3$EN)
	  partial_sum_3 <= partial_sum_3$D_IN;
	if (partial_sum_4$EN)
	  partial_sum_4 <= partial_sum_4$D_IN;
	if (partial_sum_5$EN)
	  partial_sum_5 <= partial_sum_5$D_IN;
	if (partial_sum_6$EN)
	  partial_sum_6 <= partial_sum_6$D_IN;
	if (reg_mode$EN) reg_mode <= reg_mode$D_IN;
	if (x_0$EN) x_0 <= x_0$D_IN;
	if (x_1$EN) x_1 <= x_1$D_IN;
	if (x_10$EN) x_10 <= x_10$D_IN;
	if (x_11$EN) x_11 <= x_11$D_IN;
	if (x_12$EN) x_12 <= x_12$D_IN;
	if (x_13$EN) x_13 <= x_13$D_IN;
	if (x_14$EN) x_14 <= x_14$D_IN;
	if (x_15$EN) x_15 <= x_15$D_IN;
	if (x_2$EN) x_2 <= x_2$D_IN;
	if (x_3$EN) x_3 <= x_3$D_IN;
	if (x_4$EN) x_4 <= x_4$D_IN;
	if (x_5$EN) x_5 <= x_5$D_IN;
	if (x_6$EN) x_6 <= x_6$D_IN;
	if (x_7$EN) x_7 <= x_7$D_IN;
	if (x_8$EN) x_8 <= x_8$D_IN;
	if (x_9$EN) x_9 <= x_9$D_IN;
	if (y_0$EN) y_0 <= y_0$D_IN;
	if (y_1$EN) y_1 <= y_1$D_IN;
	if (y_10$EN) y_10 <= y_10$D_IN;
	if (y_11$EN) y_11 <= y_11$D_IN;
	if (y_12$EN) y_12 <= y_12$D_IN;
	if (y_13$EN) y_13 <= y_13$D_IN;
	if (y_14$EN) y_14 <= y_14$D_IN;
	if (y_15$EN) y_15 <= y_15$D_IN;
	if (y_2$EN) y_2 <= y_2$D_IN;
	if (y_3$EN) y_3 <= y_3$D_IN;
	if (y_4$EN) y_4 <= y_4$D_IN;
	if (y_5$EN) y_5 <= y_5$D_IN;
	if (y_6$EN) y_6 <= y_6$D_IN;
	if (y_7$EN) y_7 <= y_7$D_IN;
	if (y_8$EN) y_8 <= y_8$D_IN;
	if (y_9$EN) y_9 <= y_9$D_IN;
      end
  end

  // synopsys translate_off
  `ifdef BSV_NO_INITIAL_BLOCKS
  `else // not BSV_NO_INITIAL_BLOCKS
  initial
  begin
    a = 64'hAAAAAAAAAAAAAAAA;
    flag_0 = 1'h0;
    flag_1 = 1'h0;
    flag_2 = 1'h0;
    flag_3 = 1'h0;
    inp_ready = 1'h0;
    m1 = 64'hAAAAAAAAAAAAAAAA;
    m2 = 64'hAAAAAAAAAAAAAAAA;
    mac_output_0 = 128'hAAAAAAAAAAAAAAAAAAAAAAAAAAAAAAAA;
    mac_output_1 = 128'hAAAAAAAAAAAAAAAAAAAAAAAAAAAAAAAA;
    mac_output_2 = 128'hAAAAAAAAAAAAAAAAAAAAAAAAAAAAAAAA;
    mac_output_3 = 128'hAAAAAAAAAAAAAAAAAAAAAAAAAAAAAAAA;
    mac_ready = 1'h0;
    partial_product_0 = 32'hAAAAAAAA;
    partial_product_1 = 32'hAAAAAAAA;
    partial_product_10 = 32'hAAAAAAAA;
    partial_product_11 = 32'hAAAAAAAA;
    partial_product_12 = 32'hAAAAAAAA;
    partial_product_13 = 32'hAAAAAAAA;
    partial_product_14 = 32'hAAAAAAAA;
    partial_product_15 = 32'hAAAAAAAA;
    partial_product_2 = 32'hAAAAAAAA;
    partial_product_3 = 32'hAAAAAAAA;
    partial_product_4 = 32'hAAAAAAAA;
    partial_product_5 = 32'hAAAAAAAA;
    partial_product_6 = 32'hAAAAAAAA;
    partial_product_7 = 32'hAAAAAAAA;
    partial_product_8 = 32'hAAAAAAAA;
    partial_product_9 = 32'hAAAAAAAA;
    partial_sum_0 = 128'hAAAAAAAAAAAAAAAAAAAAAAAAAAAAAAAA;
    partial_sum_1 = 128'hAAAAAAAAAAAAAAAAAAAAAAAAAAAAAAAA;
    partial_sum_2 = 128'hAAAAAAAAAAAAAAAAAAAAAAAAAAAAAAAA;
    partial_sum_3 = 128'hAAAAAAAAAAAAAAAAAAAAAAAAAAAAAAAA;
    partial_sum_4 = 128'hAAAAAAAAAAAAAAAAAAAAAAAAAAAAAAAA;
    partial_sum_5 = 128'hAAAAAAAAAAAAAAAAAAAAAAAAAAAAAAAA;
    partial_sum_6 = 128'hAAAAAAAAAAAAAAAAAAAAAAAAAAAAAAAA;
    reg_mode = 2'h2;
    x_0 = 16'hAAAA;
    x_1 = 16'hAAAA;
    x_10 = 16'hAAAA;
    x_11 = 16'hAAAA;
    x_12 = 16'hAAAA;
    x_13 = 16'hAAAA;
    x_14 = 16'hAAAA;
    x_15 = 16'hAAAA;
    x_2 = 16'hAAAA;
    x_3 = 16'hAAAA;
    x_4 = 16'hAAAA;
    x_5 = 16'hAAAA;
    x_6 = 16'hAAAA;
    x_7 = 16'hAAAA;
    x_8 = 16'hAAAA;
    x_9 = 16'hAAAA;
    y_0 = 16'hAAAA;
    y_1 = 16'hAAAA;
    y_10 = 16'hAAAA;
    y_11 = 16'hAAAA;
    y_12 = 16'hAAAA;
    y_13 = 16'hAAAA;
    y_14 = 16'hAAAA;
    y_15 = 16'hAAAA;
    y_2 = 16'hAAAA;
    y_3 = 16'hAAAA;
    y_4 = 16'hAAAA;
    y_5 = 16'hAAAA;
    y_6 = 16'hAAAA;
    y_7 = 16'hAAAA;
    y_8 = 16'hAAAA;
    y_9 = 16'hAAAA;
  end
  `endif // BSV_NO_INITIAL_BLOCKS
  // synopsys translate_on
endmodule  // mkMAC